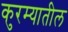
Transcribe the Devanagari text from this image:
कुरम्यातील